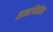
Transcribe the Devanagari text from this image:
साकाश्विलीला